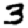
Digit: 3